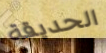
الحديقة